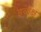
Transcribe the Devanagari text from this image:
इब्रोक्ष्